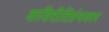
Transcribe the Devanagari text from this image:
कविरीतिग्रंथकार